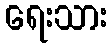
ရေးသား